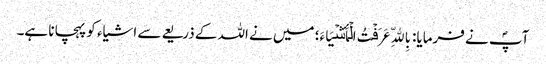
آپؐ نے فرمایا: بِاللّهِ عَرَفۡتُ الۡأَشۡیَاءَ؛ میں نے اللہ کے ذریعے سے اشیاء کو پہچانا ہے۔